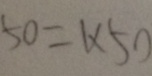
5 0 = 1 \times 5 0